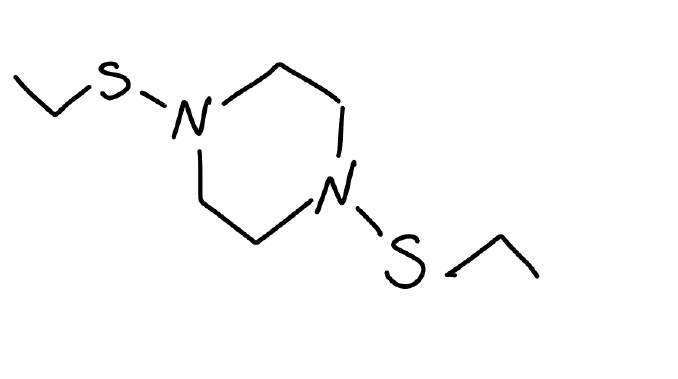
Simplified molecular-input line-entry system (SMILES) notation of the given molecule:
CCSN1CCN(CC1)SCC